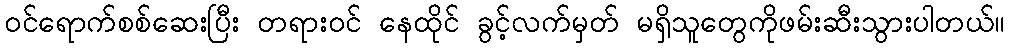
၀င်ရောက်စစ်ဆေးပြီး တရား၀င် နေထိုင် ခွင့်လက်မှတ် မရှိသူတွေကိုဖမ်းဆီးသွားပါတယ်။